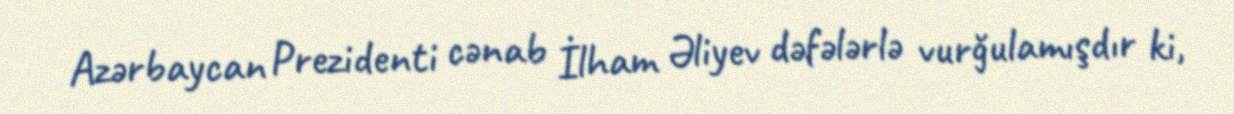
Azərbaycan Prezidenti cənab İlham Əliyev dəfələrlə vurğulamışdır ki,